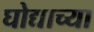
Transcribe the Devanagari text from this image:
घोद्याच्या